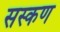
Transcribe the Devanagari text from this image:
सस्कण